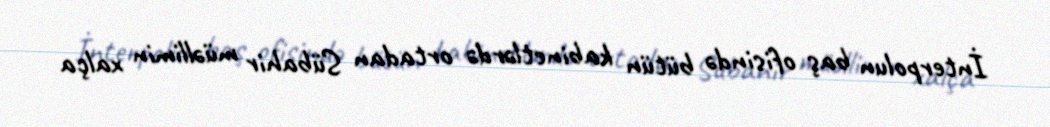
İnterpolun baş ofisində bütün kabinetlərdə ortadan Sübahir müəllimin xalça